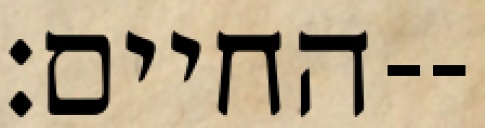
החיים׃--